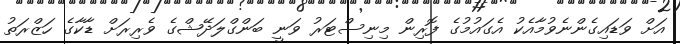
އަށް ވަޑައިގެންނެވުމާއެކު އެގައުމުގެ ފޮރިން މިނިސްޓަރު ވަނީ ބަންގްލަދޭޝްގެ ވެރިރަށް ޑާކާގެ ހަޒްރަތު